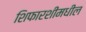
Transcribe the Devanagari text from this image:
शिफारशींमधील